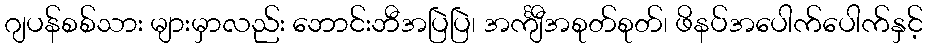
ဂျပန်စစ်သား များမှာလည်း ဘောင်းဘီအပြဲပြဲ၊ အင်္ကျီအစုတ်စုတ်၊ ဖိနပ်အပေါက်ပေါက်နှင့်